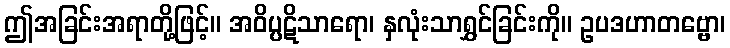
ဤအခြင်းအရာတို့ဖြင့်။ အဝိပ္ပဋိသာရော၊ နှလုံးသာရွှင်ခြင်းကို။ ဥပဒဟာတဗ္ဗော၊